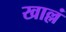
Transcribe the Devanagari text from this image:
खाल्लं